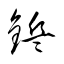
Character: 鋲